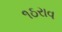
૧ઠરાવ